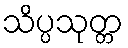
သိပ္ပသုတ္တ